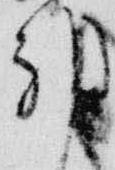
邦